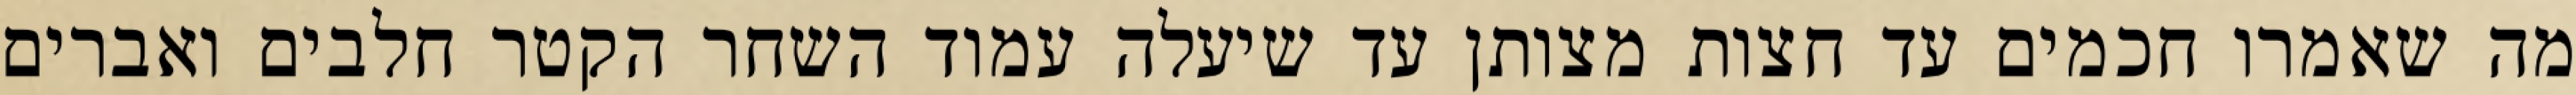
מה שאמרו חכמים עד חצות מצותן עד שיעלה עמוד השחר הקטר חלבים ואברים